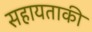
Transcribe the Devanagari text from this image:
सहायताकी